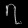
Digit: ၇